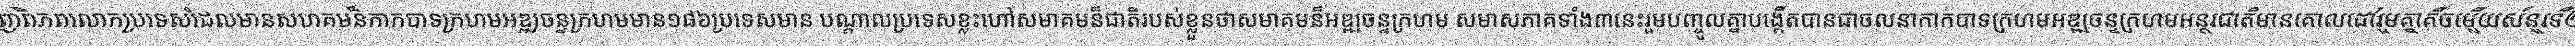
ជុំវិញពិភពលោកប្រទេសដែលមានសហគមន៏កាកបាទក្រហមអឌ្ឍចន្ទក្រហមមាន១៨៦ប្រទេសមាន បណ្តាលប្រទេសខ្លះហៅសមាគមន៏ជាតិរបស់ខ្លួនថាសមាគមន៏អឌ្ឍចន្ទក្រហម សមាសភាគទាំង៣នេះរួមបញ្ចូលគ្នាបង្កើតបានជាចលនាកាកបាទក្រហមអឌ្ឍចន្ទក្រហមអន្តរជាតិមានគោលដៅរួមគ្នាគឺចម្លើយសំនួរទី២៣